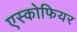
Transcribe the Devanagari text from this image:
एस्कोफियर